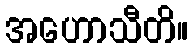
အဟောသီတိ။